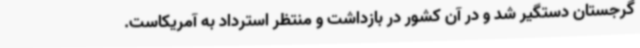
گرجستان دستگیر شد و در آن کشور در بازداشت و منتظر استرداد به آمریکاست.